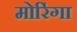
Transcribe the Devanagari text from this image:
मोरिंगा